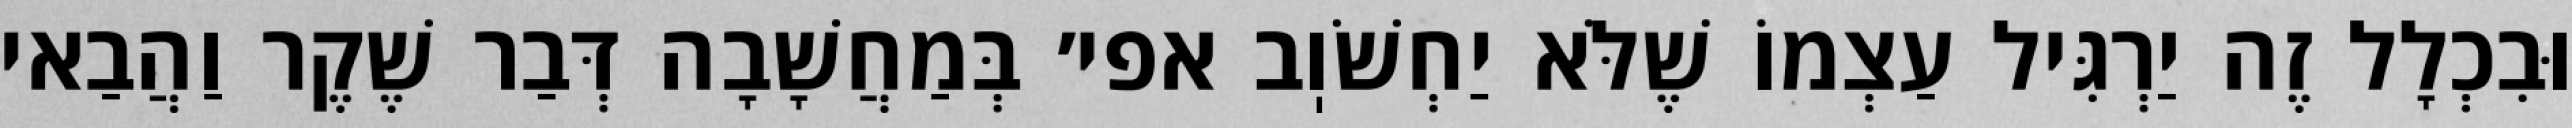
וּבִכְלָל זֶה יַרְגִּיל עַצְמוֹ שֶׁלֹּא יַחְשֹׁוֽב אפי׳ בְּמַחֲשָׁבָה דְּבַר שֶׁקֶר וַהֲבַאי